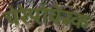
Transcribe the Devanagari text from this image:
चेरेपोवेस्क